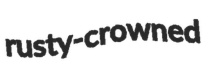
rusty-crowned